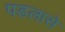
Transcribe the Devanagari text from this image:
पडलासे